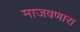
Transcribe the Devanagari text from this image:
माजवणारा